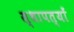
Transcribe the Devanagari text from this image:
स्थापत्यों